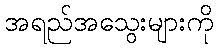
အရည်အသွေးများကို